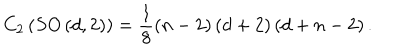
C _ { 2 } \left( S O \left( d , 2 \right) \right) = \frac { 1 } { 8 } \left( n - 2 \right) \left( d + 2 \right) \left( d + n - 2 \right) .